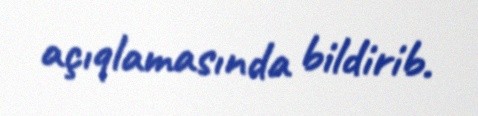
açıqlamasında bildirib.